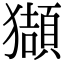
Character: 𤢺